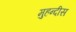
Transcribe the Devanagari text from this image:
मुहन्दीस